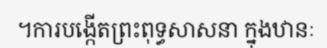
។ការបង្កើតព្រះពុទ្ធសាសនា ក្នុងឋានៈ